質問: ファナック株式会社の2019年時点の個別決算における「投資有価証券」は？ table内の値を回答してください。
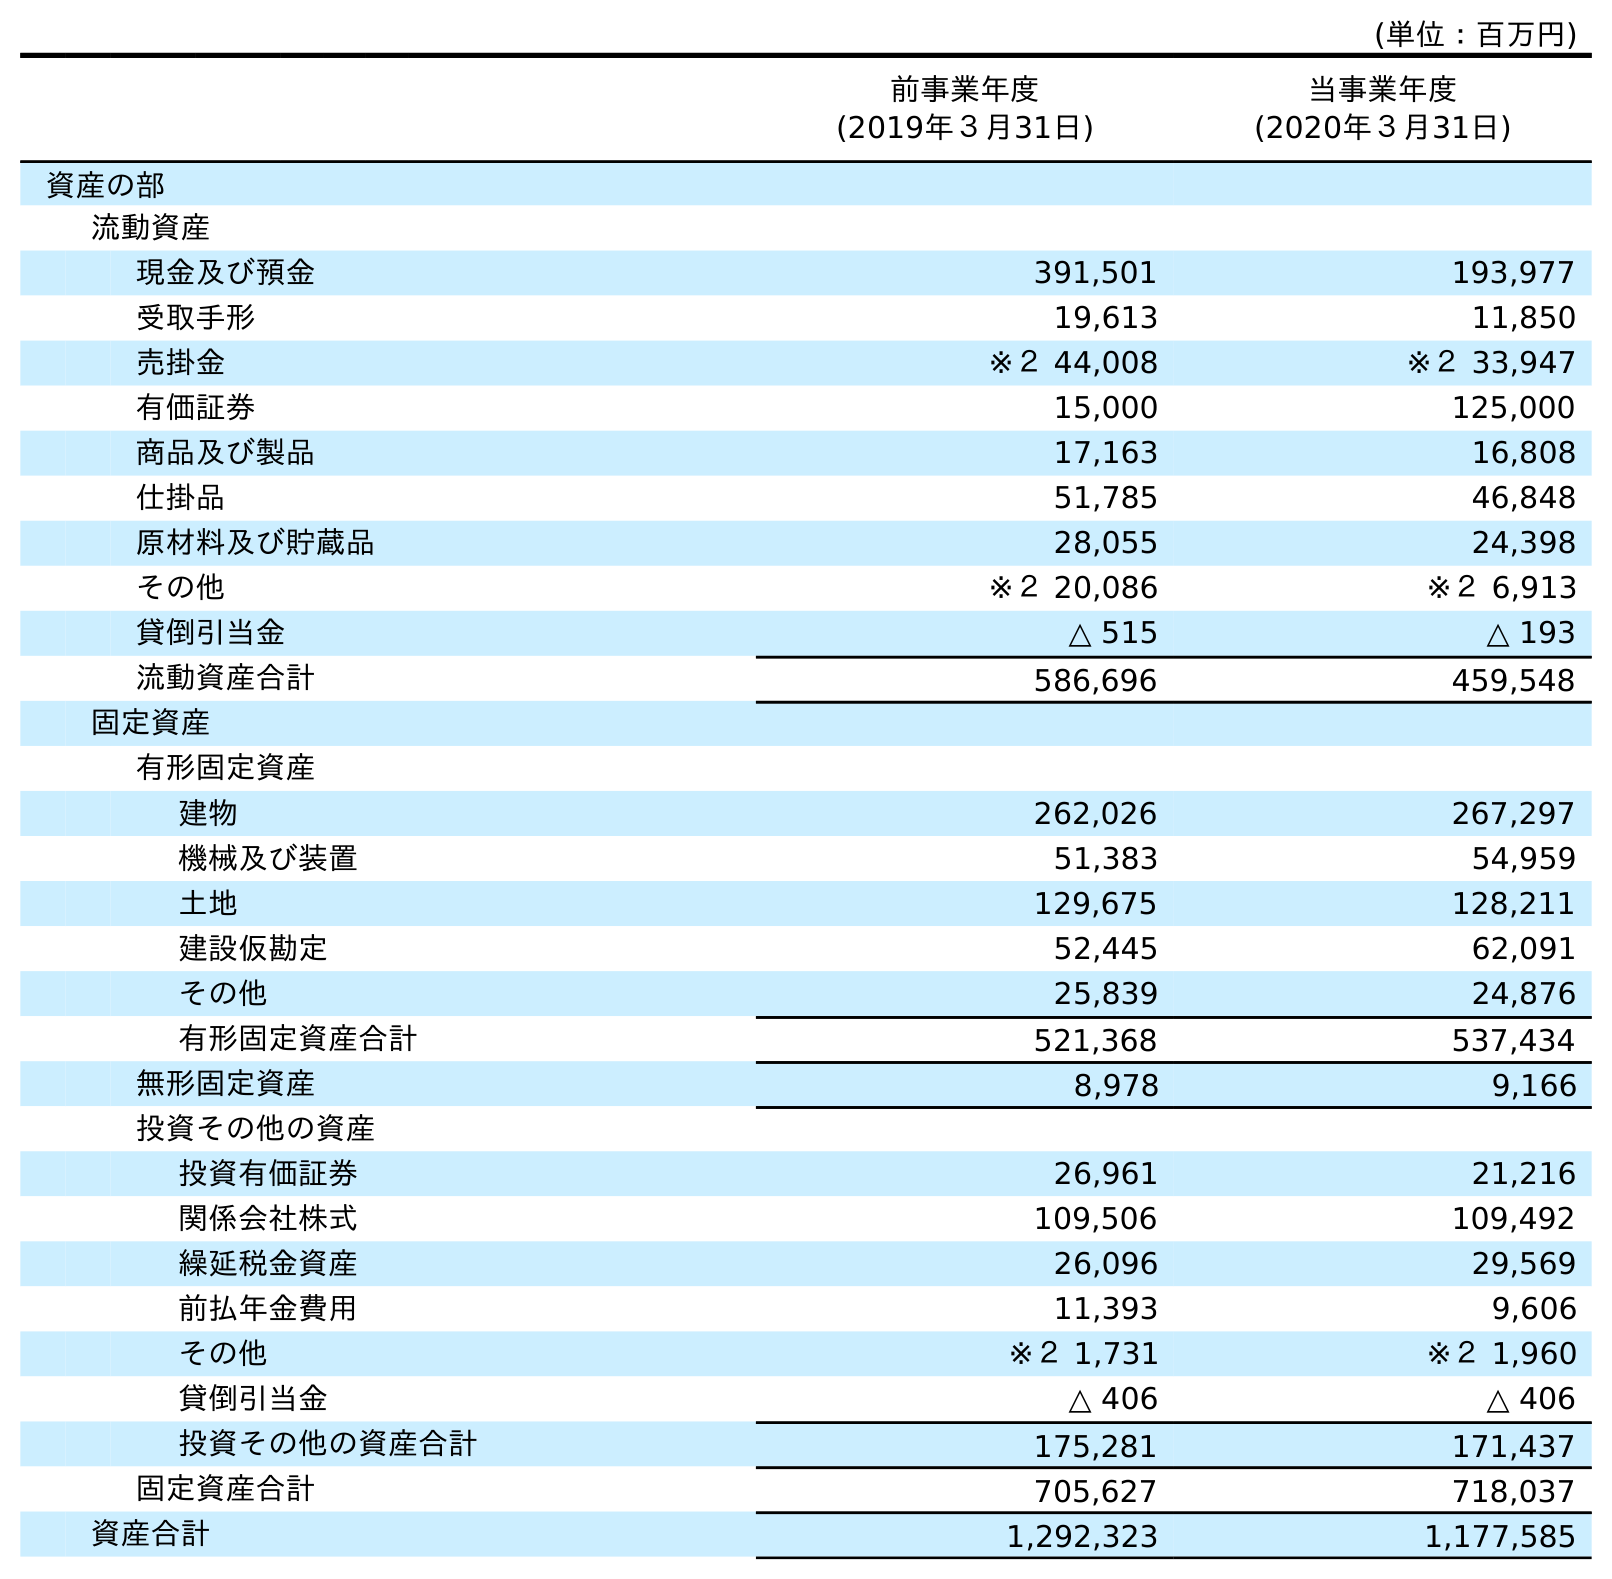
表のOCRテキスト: (単位：百万円) 前事業年度 (2019年３月31日) 当事業年度 (2020年３月31日) 資産の部 流動資産 現金及び預金 391,501 193,977 受取手形 19,613 11,850 売掛金 ※２ 44,008 ※２ 33,947 有価証券 15,000 125,000 商品及び製品 17,163 16,808 仕掛品 51,785 46,848 原材料及び貯蔵品 28,055 24,398 その他 ※２ 20,086 ※２ 6,913 貸倒引当金 △ 515 △ 193 流動資産合計 586,696 459,548 固定資産 有形固定資産 建物 262,026 267,297 機械及び装置 51,383 54,959 土地 129,675 128,211 建設仮勘定 52,445 62,091 その他 25,839 24,876 有形固定資産合計 521,368 537,434 無形固定資産 8,978 9,166 投資その他の資産 投資有価証券 26,961 21,216 関係会社株式 109,506 109,492 繰延税金資産 26,096 29,569 前払年金費用 11,393 9,606 その他 ※２ 1,731 ※２ 1,960 貸倒引当金 △ 406 △ 406 投資その他の資産合計 175,281 171,437 固定資産合計 705,627 718,037 資産合計 1,292,323 1,177,585
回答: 26,961